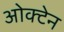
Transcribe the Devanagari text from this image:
ओक्टेन